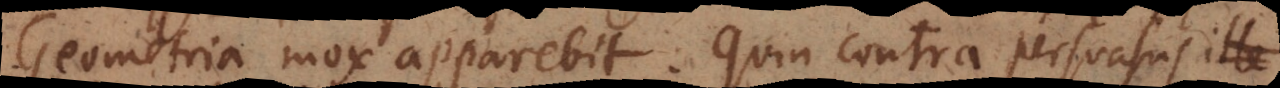
Geometria mox apparebit. Quin contra persuasus